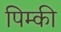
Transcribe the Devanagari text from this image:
पिम्की